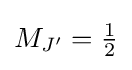
{\textstyle M_{J'}={\frac {1}{2}}}